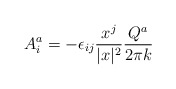
\begin{align*}A^{a}_{i} = - \epsilon_{ij} \frac{x^{j}}{\vert x \vert^{2}}\frac{Q^{a}}{2\pi k}\end{align*}